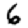
Digit: 6